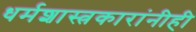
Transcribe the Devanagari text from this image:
धर्मशास्त्रकारांनीही